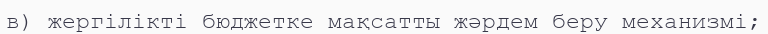
в) жергілікті бюджетке мақсатты жәрдем беру механизмі;